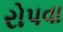
રોપવા